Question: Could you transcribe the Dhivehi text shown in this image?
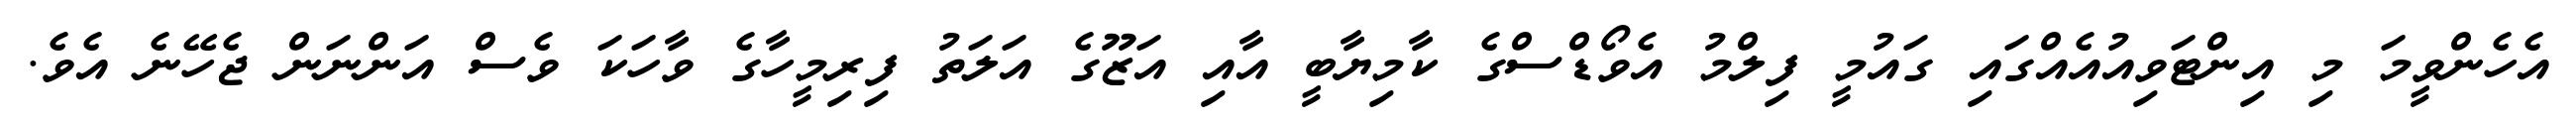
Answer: އެހެންވީމަ މި އިންޓަވިއުއެއްގައި ގައުމީ ފިލްމު އެވޯޑްސްގެ ކާމިޔާބީ އާއި އަޒޫގެ އަލަތު ފިރިމީހާގެ ވާހަކަ ވެސް އަންނަން ޖެހޭނެ އެވެ.